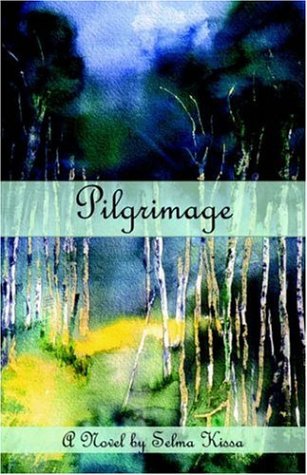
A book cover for Pilgrimage; Selma Kissa; Literature & Fiction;